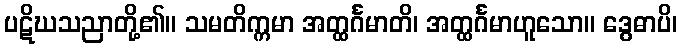
ပဋိဃသညာတို့၏။ သမတိက္ကမာ အတ္ထင်္ဂမာတိ၊ အတ္ထင်္ဂမာဟူသော။ ဒွေဓာပိ၊